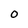
Character: 0